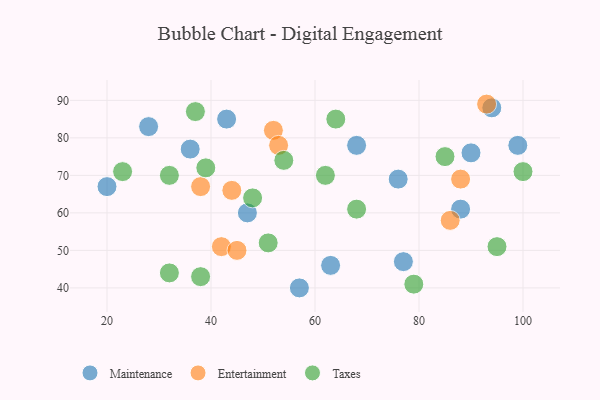
{"axis": {"x": "GDP", "y": "Life Expectancy"}, "legend": ["Entertainment", "Maintenance", "Taxes"], "data": [{"x": "99", "y": 78, "type": "Maintenance"}, {"x": "68", "y": 78, "type": "Maintenance"}, {"x": "90", "y": 76, "type": "Maintenance"}, {"x": "76", "y": 69, "type": "Maintenance"}, {"x": "88", "y": 61, "type": "Maintenance"}, {"x": "57", "y": 40, "type": "Maintenance"}, {"x": "36", "y": 77, "type": "Maintenance"}, {"x": "94", "y": 88, "type": "Maintenance"}, {"x": "63", "y": 46, "type": "Maintenance"}, {"x": "28", "y": 83, "type": "Maintenance"}, {"x": "47", "y": 60, "type": "Maintenance"}, {"x": "77", "y": 47, "type": "Maintenance"}, {"x": "20", "y": 67, "type": "Maintenance"}, {"x": "43", "y": 85, "type": "Maintenance"}, {"x": "42", "y": 51, "type": "Entertainment"}, {"x": "38", "y": 67, "type": "Entertainment"}, {"x": "86", "y": 58, "type": "Entertainment"}, {"x": "45", "y": 50, "type": "Entertainment"}, {"x": "44", "y": 66, "type": "Entertainment"}, {"x": "88", "y": 69, "type": "Entertainment"}, {"x": "52", "y": 82, "type": "Entertainment"}, {"x": "93", "y": 89, "type": "Entertainment"}, {"x": "53", "y": 78, "type": "Entertainment"}, {"x": "39", "y": 72, "type": "Taxes"}, {"x": "100", "y": 71, "type": "Taxes"}, {"x": "95", "y": 51, "type": "Taxes"}, {"x": "23", "y": 71, "type": "Taxes"}, {"x": "68", "y": 61, "type": "Taxes"}, {"x": "37", "y": 87, "type": "Taxes"}, {"x": "51", "y": 52, "type": "Taxes"}, {"x": "38", "y": 43, "type": "Taxes"}, {"x": "32", "y": 44, "type": "Taxes"}, {"x": "64", "y": 85, "type": "Taxes"}, {"x": "48", "y": 64, "type": "Taxes"}, {"x": "62", "y": 70, "type": "Taxes"}, {"x": "32", "y": 70, "type": "Taxes"}, {"x": "85", "y": 75, "type": "Taxes"}, {"x": "79", "y": 41, "type": "Taxes"}, {"x": "54", "y": 74, "type": "Taxes"}]}